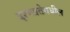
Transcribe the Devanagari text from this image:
दृश्यप्रतेमधील